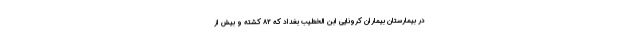
در بیمارستان بیماران کرونایی ابن الخطیب بغداد که ۸۲ کشته و بیش از